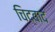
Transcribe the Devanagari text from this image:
चिद्वाद